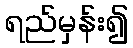
ရည်မှန်း၍